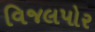
વિજલપોર